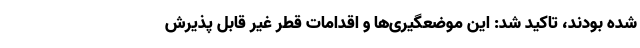
شده بودند، تاکید شد: این موضعگیری‌ها و اقدامات قطر غیر قابل پذیرش